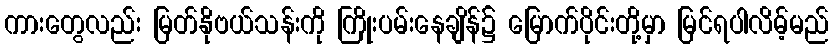
ကားတွေလည်း မြတ်နိုဗယ်သန်းကို ကြိုးပမ်းနေချိန်၌ မြောက်ပိုင်းတို့မှာ မြင်ရပါလိမ့်မည်